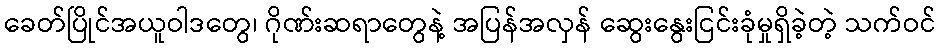
ခေတ်ပြိုင်အယူဝါဒတွေ၊ ဂိုဏ်းဆရာတွေနဲ့ အပြန်အလှန် ဆွေးနွေးငြင်းခုံမှုရှိခဲ့တဲ့ သက်ဝင်